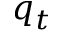
q _ { t }